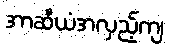
အာဆီယံအလှည့်ကျ